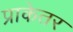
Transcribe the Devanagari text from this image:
प्राकेतर